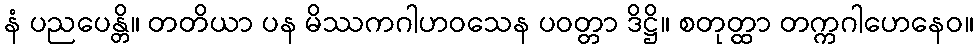
နံ ပညပေန္တိ။ တတိယာ ပန မိဿကဂါဟဝသေန ပဝတ္တာ ဒိဋ္ဌိ။ စတုတ္ထာ တက္ကဂါဟေနေဝ။